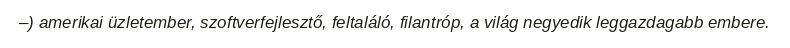
–) amerikai üzletember, szoftverfejlesztő, feltaláló, filantróp, a világ negyedik leggazdagabb embere.